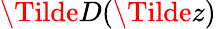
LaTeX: \Tilde{D}(\Tilde{z})